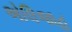
એલિજાહ